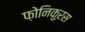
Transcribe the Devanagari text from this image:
फ़ोनिकुरस